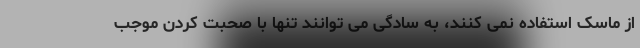
از ماسک استفاده نمی کنند، به سادگی می توانند تنها با صحبت کردن موجب